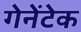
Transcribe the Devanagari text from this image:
गेनेंटेक